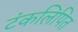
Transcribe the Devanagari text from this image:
टंकलिपित